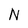
Character: N